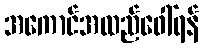
အကောင်အထည်ဖေါ်ရန်